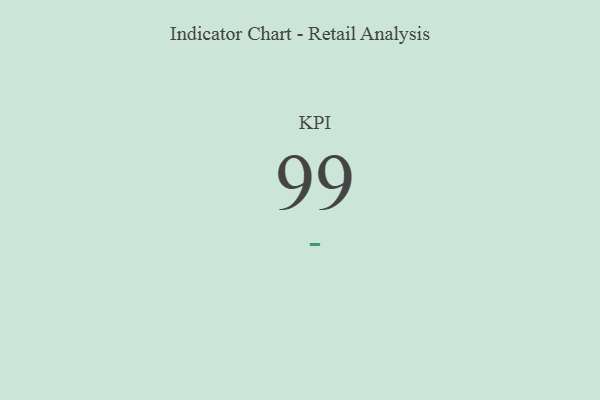
{"axis": {"x": "KPI", "y": "Value"}, "legend": [""], "data": [{"x": "KPI", "y": 99, "type": ""}]}